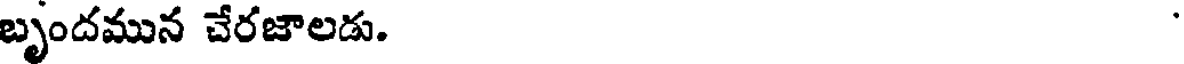
బృందమున చేరజాలడు.